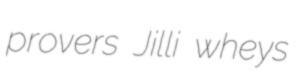
provers Jilli wheys